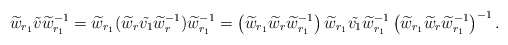
\begin{align*} \widetilde{w}_{r_1}\tilde{v}\widetilde{w}_{r_1}^{-1} & =\widetilde{w}_{r_1}(\widetilde w_r \tilde{v_1} \widetilde w_r^{-1} )\widetilde{w}_{r_1}^{-1} = \left(\widetilde w_{r_1} \widetilde w_r \widetilde w_{r_1}^{-1}\right) \widetilde w_{r_1} \tilde{v_1} \widetilde w_{r_1}^{-1} \left(\widetilde w_{r_1}\widetilde w_r \widetilde w_{r_1}^{-1}\right)^{-1}. \end{align*}